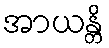
အာယန္တိ